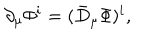
\partial _ { \mu } { \mit \Phi } ^ { i } = ( \bar { D } _ { \mu } { \mit \Phi } ) ^ { i } ,